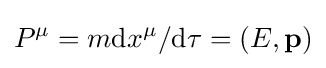
P^{\mu }=m\mathrm {d} x^{\mu }/\mathrm {d} \tau =(E,\mathbf {p} )